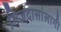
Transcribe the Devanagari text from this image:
निजदासांलागी